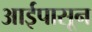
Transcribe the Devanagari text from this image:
आईपासून